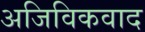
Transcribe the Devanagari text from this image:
अजिविकवाद